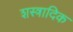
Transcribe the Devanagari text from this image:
शस्त्रादिक